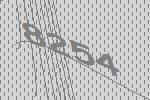
8254